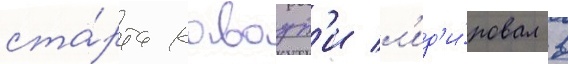
ста́рта каваут'и л'ид'и́ровал в